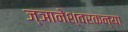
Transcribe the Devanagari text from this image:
ज्ञानेश्वरकन्या